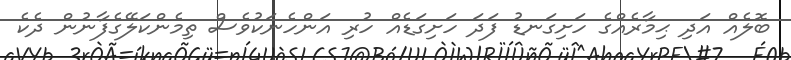
ބޮލެއް އަދި ޙިމާރެއްގެ ހަށިގަނޑު ފަދަ ހަށިގަޑެއް ހުރި އަންހެނަކުވެސް ތިމެންކަލޭގެފާނުން ދެކެ